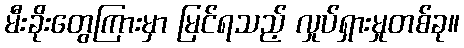
မီးခိုးတွေကြားမှာ မြင်ရသည့် လှုပ်ရှားမှုတစ်ခု။